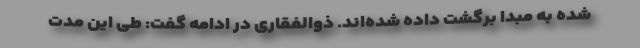
شده به مبدا برگشت داده شده‌اند. ذوالفقاری در ادامه گفت: طی این مدت